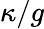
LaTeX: \kappa/g